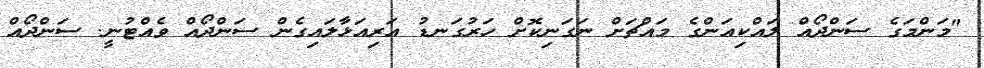
"މަންމަގެ ސަންދޯއް ލައްކިއަންގެ މައްޗަށް ނަގަނިކޮށް ހަރުގަނޑު އަރިއަޅާލައިގެން ސަންދޯއް ވެއްޓުނީ. ސަންދޯއް